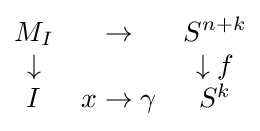
{\begin{matrix}M_{I}&\to &S^{n+k}\\\downarrow &&\downarrow f\\I&x\rightarrow {\gamma }&S^{k}\end{matrix}}